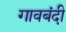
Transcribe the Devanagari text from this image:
गावबंदी